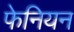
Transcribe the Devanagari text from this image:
फेनियन